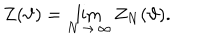
\displaystyle Z ( \vartheta ) = \lim _ { N \, \rightarrow \, \infty } Z _ { N } ( \vartheta ) .